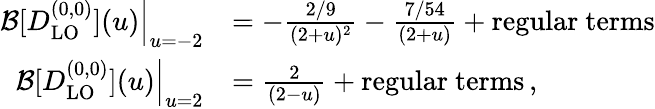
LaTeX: \begin{array}{rl}{\mathcal{B}[D_{\mathrm{LO}}^{(0,0)}](u)\Big|_{u=-2}}&{=-\frac{2/9}{(2+u)^{2}}-\frac{7/54}{(2+u)}+\mathrm{regular~terms}}\\ {\mathcal{B}[D_{\mathrm{LO}}^{(0,0)}](u)\Big|_{u=2}}&{=\frac{2}{(2-u)}+\mathrm{regular~terms}\, ,}\end{array}